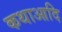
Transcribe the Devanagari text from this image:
कथाआदि